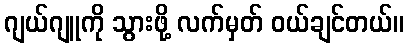
ဂျယ်ဂျူကို သွားဖို့ လက်မှတ် ဝယ်ချင်တယ်။